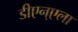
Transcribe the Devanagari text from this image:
डीएन्एला